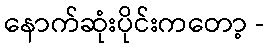
နောက်ဆုံးပိုင်းကတော့ -